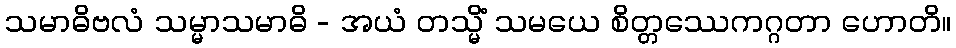
သမာဓိဗလံ သမ္မာသမာဓိ - အယံ တသ္မိံ သမယေ စိတ္တဿေကဂ္ဂတာ ဟောတိ။